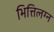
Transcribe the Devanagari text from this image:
भित्तिलग्न